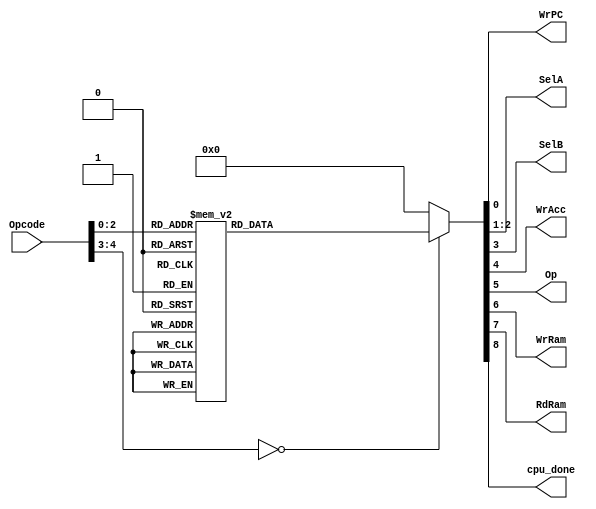
`timescale 1ns / 1ps
//////////////////////////////////////////////////////////////////////////////////
//	Alumnos:
//				 Ortmann, Nestor Javier
// 				 Trejo, Bruno Guillermo
// Year: 		 2018
// Module Name: INSTRUCTION DECODER
//////////////////////////////////////////////////////////////////////////////////
`define len_opcode 5
module INSTRUCTION_DECODER
    #
    (
        parameter len_opcode = `len_opcode,               // el ISA del BIP1 solo tiene 8 instrucciones
        parameter len_mux_a  = 2
    )
    (
        input [len_opcode - 1 : 0] Opcode,      

        output reg WrPC,                        // para indicarle al PC que incremente
        output reg [len_mux_a - 1 : 0] SelA,    // sel para el mux que da la entrada al acumulador
        output reg SelB,                        // idem para la entrada 2 de la ALU
        output reg WrAcc,                       // enable para el acumulador (le dice que pase su entrada a la ALU)
        output reg Op,                          // operador, para que la ALU sepa si es suma o resta
        /* Bits que indican a DATA_MEM si tiene que o escribir o leer
           el dato que esta en su entrada In_Data en la correspondiente direccion
           que esta en su entrada Addr. */
        output reg WrRam,
        output reg RdRam,
		  
		  output reg cpu_done							 // indica que el CPU termino de procesar
    );

    always @(*) // no tiene clock, es un combinacional
    begin
        case (Opcode)
          `len_opcode'b 00000: // Halt
            begin
                WrPC <= 0;  // Le dice al PC que deje de contar
                SelA <= 0; 
                SelB <= 0;
                WrAcc <= 0;
                Op <= 0;
                WrRam <= 0;
                RdRam <= 0;
					 cpu_done <= 1;
            end
          `len_opcode'b 00001: // Store Variable (DM[operand]  ACC)
            begin
                WrPC <= 1;
                SelA <= 0;  // No le importa cual es SelA porque el valor ya esta en ACC
                SelB <= 0;  // Idem anterior
                WrAcc <= 0; // No se escribe en ACC porque se pisaria el valor a guardar en DATA_MEM
                Op <= 0;    // No importa porque no opero
                WrRam <= 1; // Quiero escribir un valor en DATA_MEM
                RdRam <= 0;
					 cpu_done <= 0;
            end
          `len_opcode'b 00010: // Load Variable (ACC  DM[operand])
            begin
                WrPC <= 1;
                SelA <= 0;  // Va a poner la salida de DATA_MEM en el ACC
                SelB <= 0;  // No importa porque no se opera
                WrAcc <= 1; // Se escribe en ACC el valor de DATA_MEM
                Op <= 0;    // No importa porque no opero
                WrRam <= 0; 
                RdRam <= 1; // Quiero sacar (leer) un valor de DATA_MEM
					 cpu_done <= 0;
            end
          `len_opcode'b 00011: // Load Immediate (ACC  operand)
            begin
                WrPC <= 1;
                SelA <= 1;  // Va a poner el valor del operando (ya extendido) en el ACC
                SelB <= 0;  // No importa porque no se opera
                WrAcc <= 1; // Se escribe en ACC el valor del operando
                Op <= 0;    // No importa porque no opero
                WrRam <= 0; // No accedo a memoria 
                RdRam <= 0;
					 cpu_done <= 0;
            end
          `len_opcode'b 00100: // Add Variable (ACC  ACC + DM[operand])
            begin
                WrPC <= 1;
                SelA <= 2;  // Ya hay algo en ACC, entonces sumo con lo que venga de DATA_MEM y lo guardo en ACC
                SelB <= 0;  // Selecciona lo que viene de DATA_MEM
                WrAcc <= 1; // Se escribe en ACC el resultado de la suma
                Op <= 0;    // Op = 0 -> Suma
                WrRam <= 0; 
                RdRam <= 1; // Leo de memoria el segundo sumando
					 cpu_done <= 0;
            end
          `len_opcode'b 00101: // Add Immediate (ACC  ACC + operand)
            begin
                WrPC <= 1;
                SelA <= 2;  // Ya hay algo en ACC, entonces sumo con el operando y lo guardo en ACC
                SelB <= 1;  // Selecciona el valor inmediato del operando
                WrAcc <= 1; // Se escribe en ACC el resultado de la suma
                Op <= 0;    // Op = 0 -> Suma
                WrRam <= 0; // No accedo a memoria
                RdRam <= 0; 
					 cpu_done <= 0;
            end
          `len_opcode'b 00110: // Substract Variable (ACC  ACC - DM[operand])
            begin
                WrPC <= 1;
                SelA <= 2;  // Ya hay algo en ACC, entonces le resto lo que venga de DATA_MEM y lo guardo en ACC
                SelB <= 0;  // Selecciona lo que viene de DATA_MEM
                WrAcc <= 1; // Se escribe en ACC el resultado de la resta
                Op <= 1;    // Op = 1 -> Resta
                WrRam <= 0; 
                RdRam <= 1; // Leo de memoria el sustraendo
					 cpu_done <= 0;
            end
          `len_opcode'b 00111: // Substract Immediate (ACC  ACC - operand)
            begin
                WrPC <= 1;
                SelA <= 2;  // Ya hay algo en ACC, entonces le resto el operando y lo guardo en ACC
                SelB <= 1;  // Selecciona el valor inmediato del operando
                WrAcc <= 1; // Se escribe en ACC el resultado de la resta
                Op <= 1;    // Op = 1 -> Resta
                WrRam <= 0; // No accedo a memoria
                RdRam <= 0; 
					 cpu_done <= 0;
            end 
				default:
				begin
					 WrPC <= 0;
					 SelA <= 0;  // Ya hay algo en ACC, entonces le resto el operando y lo guardo en ACC
					 SelB <= 0;  // Selecciona el valor inmediato del operando
					 WrAcc <= 0; // Se escribe en ACC el resultado de la resta
					 Op <= 0;    // Op = 1 -> Resta
					 WrRam <= 0; // No accedo a memoria
					 RdRam <= 0; 
					 cpu_done <= 0;
				end
        endcase
    end


endmodule